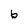
Character: b